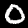
Label: 0